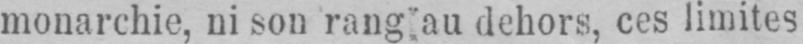
monarchie, ni son rang au dehors, ces limites